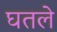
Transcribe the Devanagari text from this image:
घतले